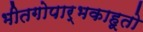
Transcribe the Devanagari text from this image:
भीतगोपार्भकाहूतो